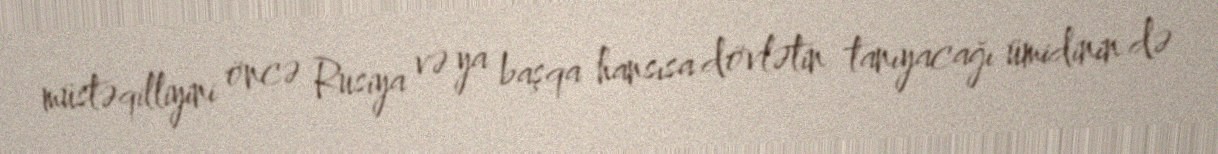
müstəqilliyini öncə Rusiya və ya başqa hansısa dövlətin tanıyacağı ümidinin də